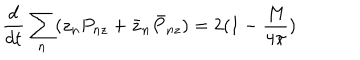
\frac { d } { d t } \sum _ { n } ( z _ { n } P _ { n z } + \bar { z } _ { n } \bar { P } _ { n z } ) = 2 ( 1 - \frac { M } { 4 \pi } )